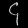
Digit: ၄